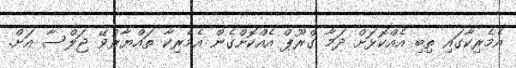
އެމެރިކާގައި ތިބި އެއްކޮޅަށް ދަމާ ގްރޫޕް އެއްކޮށްގެން އެމެރިކާ ތައްޔާރުވޭ ޖަލްސާ އަށް.